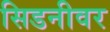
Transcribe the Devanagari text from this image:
सिडनीवर